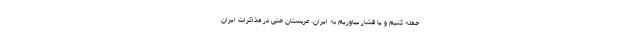
حمله کنیم و یا فشار بیاوریم به ایران. عربستان حتی در مذاکرات ایران